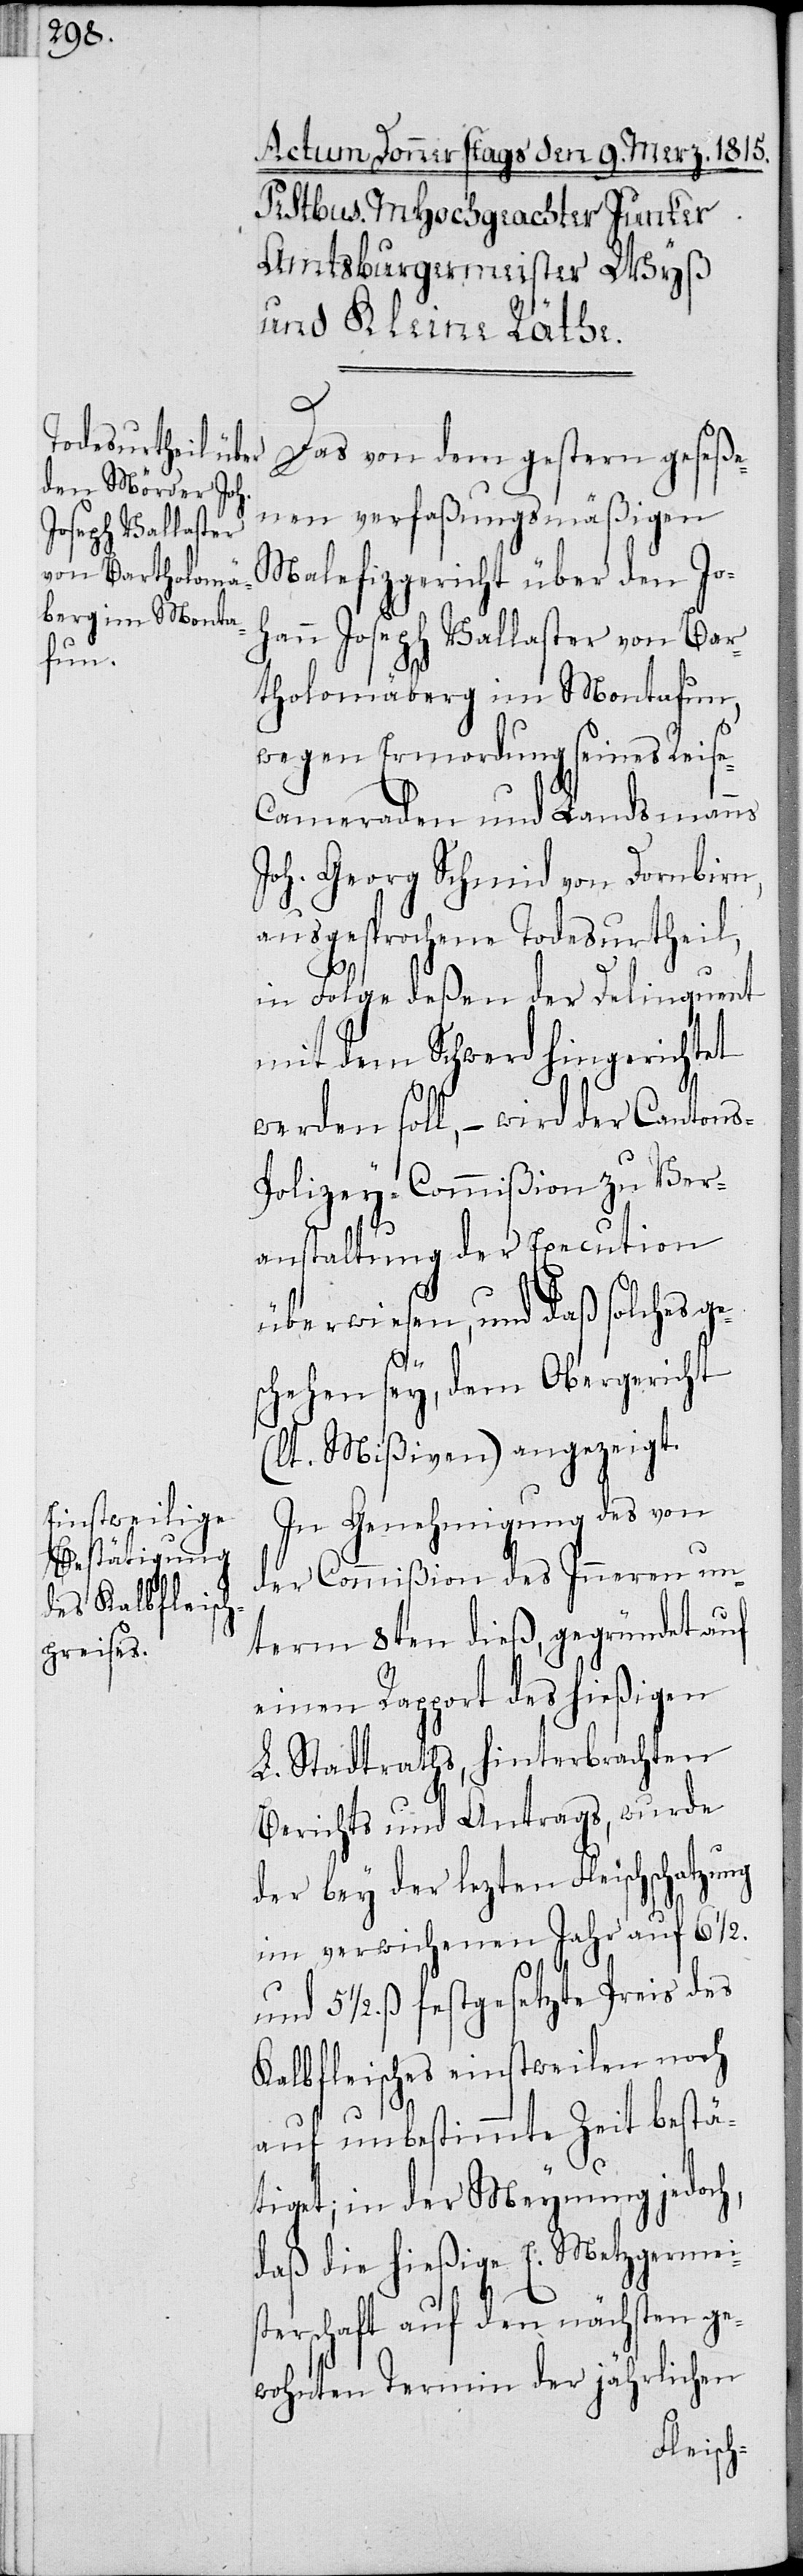
Das von dem gestern geseße¬
nenen verfaßungsmäßigen
Malefizgericht über den Jo¬
hann Joseph Vallaster von Bar¬
tholomäberg im Montafun,
wegen Ermordung seines Reis¬
e-Cameraden und Landsmanns
Joh. Georg Schmid von Dornbirn,
ausgesprochene Todesurtheil,
in Folge deßen der Delinquent
mit dem Schwerd hingerichtet
werden soll, – wird der Cantons-P¬
olizey-Commißion zu Ver¬
anstaltung der Execution
überwiesen, und daß solches ge¬
schehen sey, dem Obergericht
(lt. Mißiven) angezeigt.
In Genehmigung der von
der Commißion des Inneren un¬
term 8ten dieß, gegründet auf
einen Rapport des hießigen
L. Stadtraths, hinterbrachten
Berichts und Antrags, wurde
der bey der lezten Fleischschatzung
im verwichenen Jahr auf 6 1/2.
ß festgesetzte Preis des
Kalbfleisches einstweilen noch
auf unbestimmte Zeit bestä¬
tiget; in der Meynung jedoch,
daß die hießige E. Metzgermeis¬
terschaft auf den nächsten ge¬
wohnten Termin der jährlichen